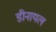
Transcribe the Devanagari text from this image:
डीनायल